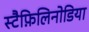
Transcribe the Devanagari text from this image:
स्टैफ़िलिनोडिया